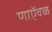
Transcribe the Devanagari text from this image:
णाऍवळ